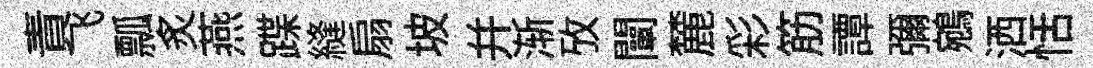
責飞瓢炙燕蹀縫扇坡并渐攷闡麓彩筋譚彌鵷洒恬